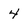
Character: 4